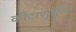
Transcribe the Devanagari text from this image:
कीटाणुशून्य